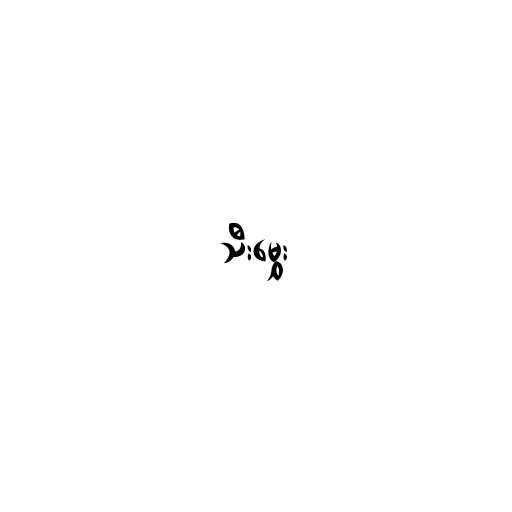
သီးမွှေး